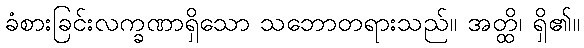
ခံစားခြင်းလက္ခဏာရှိသော သဘောတရားသည်။ အတ္ထိ၊ ရှိ၏။